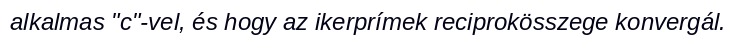
alkalmas "c"-vel, és hogy az ikerprímek reciprokösszege konvergál.